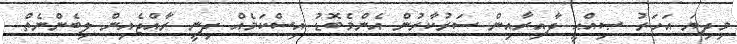
މިދިޔަ އަހަރު ޞިއްޙީ ދާއިރާއިން ސަރުކާރުން އެންމެބޮޑު އިސްކަމެއް ދިނީ ރާއްޖެއިން ލިބެންނެތް